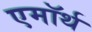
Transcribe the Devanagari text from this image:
एमॉर्थ